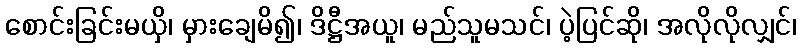
စောင်းခြင်းမယှိ၊ မှားချေမိ၍၊ ဒိဋ္ဌီအယူ၊ မည်သူမသင်၊ ပဲ့ပြင်ဆို၊ အလိုလိုလျှင်၊